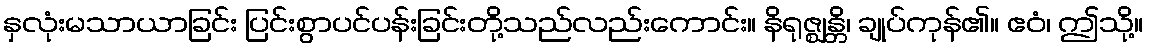
နှလုံးမသာယာခြင်း ပြင်းစွာပင်ပန်းခြင်းတို့သည်လည်းကောင်း။ နိရုဇ္ဈန္တိ၊ ချုပ်ကုန်၏။ ဧဝံ၊ ဤသို့။